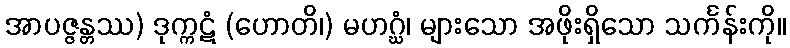
အာပဇ္ဇန္တဿ) ဒုက္ကဋံ (ဟောတိ၊) မဟဂ္ဃံ၊ များသော အဖိုးရှိသော သင်္ကန်းကို။